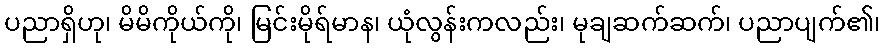
ပညာရှိဟု၊ မိမိကိုယ်ကို၊ မြင်းမိုရ်မာန၊ ယုံလွန်းကလည်း၊ မုချဆက်ဆက်၊ ပညာပျက်၏၊